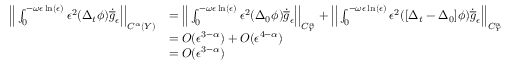
\begin{array} { r l } { \Big | \Big | \int _ { 0 } ^ { - \omega \epsilon \ln ( \epsilon ) } \epsilon ^ { 2 } ( \Delta _ { t } \phi ) \dot { \overline { { g } } } _ { \epsilon } \Big | \Big | _ { C ^ { \alpha } ( Y ) } } & { = \Big | \Big | \int _ { 0 } ^ { - \omega \epsilon \ln ( \epsilon ) } \epsilon ^ { 2 } ( \Delta _ { 0 } \phi ) \dot { \overline { { g } } } _ { \epsilon } \Big | \Big | _ { C _ { Y } ^ { \alpha } } + \Big | \Big | \int _ { 0 } ^ { - \omega \epsilon \ln ( \epsilon ) } \epsilon ^ { 2 } ( [ \Delta _ { t } - \Delta _ { 0 } ] \phi ) \dot { \overline { { g } } } _ { \epsilon } \Big | \Big | _ { C _ { Y } ^ { \alpha } } } \\ & { = O ( \epsilon ^ { 3 - \alpha } ) + O ( \epsilon ^ { 4 - \alpha } ) } \\ & { = O ( \epsilon ^ { 3 - \alpha } ) } \end{array}